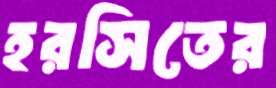
হরসিতের